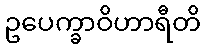
ဥပေက္ခာဝိဟာရီတိ